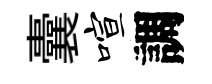
囊喧調